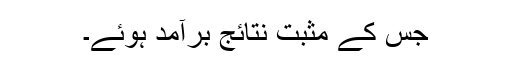
جس کے مثبت نتائج برآمد ہوئے۔